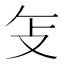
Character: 𫾦